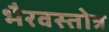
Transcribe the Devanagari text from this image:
भैरवस्तोत्र